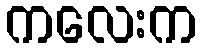
ကလေးက